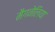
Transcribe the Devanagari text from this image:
मैगनेलिया